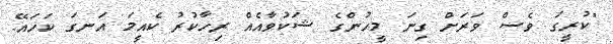
"ކުރީގަ ވެސް ވަރަށް ގިނަ މީހުންގެ ޝަކުވާއެއް ރިހާކުރު ކެއީމަ އަނގަ ކަހައޭ.